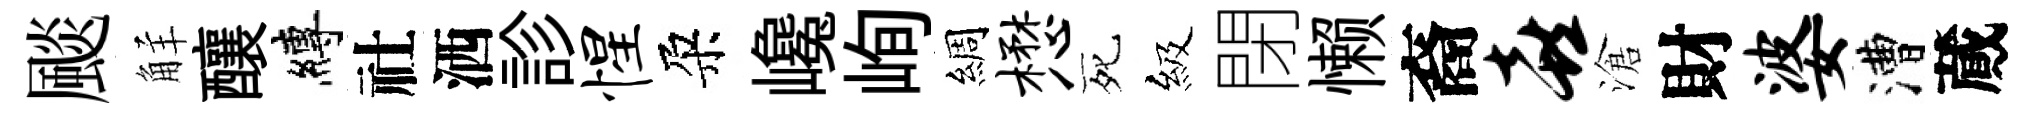
颷觧釀縛社洒診惺朶巉峋綢懋死級閉懒裔喜滄財婆漕蕆